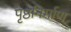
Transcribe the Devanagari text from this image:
पृष्ठनिर्माण